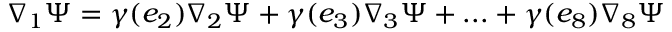
\nabla _ { 1 } \Psi = \gamma ( e _ { 2 } ) \nabla _ { 2 } \Psi + \gamma ( e _ { 3 } ) \nabla _ { 3 } \Psi + . . . + \gamma ( e _ { 8 } ) \nabla _ { 8 } \Psi